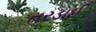
તરડાઈ